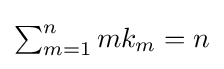
{\textstyle \sum _{m=1}^{n}mk_{m}=n}